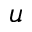
u